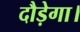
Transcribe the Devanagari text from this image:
दौड़ेगा।